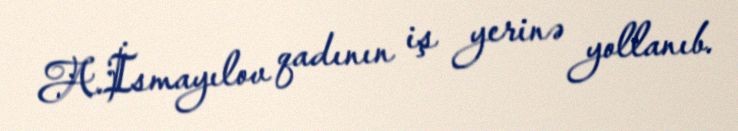
A.İsmayılov qadının iş yerinə yollanıb.